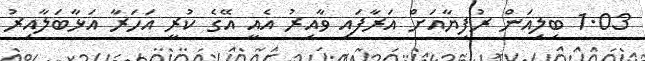
1.03 ބިލިއަން ރުފިޔާއަށް އަރާފައި ވާއިރު އެއީ އޭގެ ކުރީ އަހަރާ އަޅާބަލާއިރު